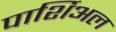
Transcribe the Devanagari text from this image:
पार्शिअल